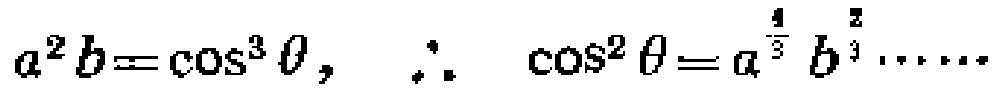
$a^{2}b = \cos^{3}\theta, \quad \therefore \quad \cos^{2}\theta = a^{\frac{4}{3}}b^{\frac{2}{3}}\cdots\cdots$